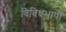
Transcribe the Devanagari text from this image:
विविधभाषी